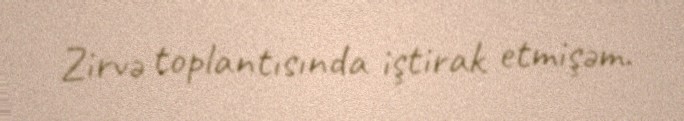
Zirvə toplantısında iştirak etmişəm.